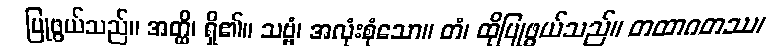
ပြုဖွယ်သည်။ အတ္ထိ၊ ရှိ၏။ သဗ္ဗံ၊ အလုံးစုံသော။ တံ၊ ထိုပြုဖွယ်သည်။ တထာဂတဿ၊